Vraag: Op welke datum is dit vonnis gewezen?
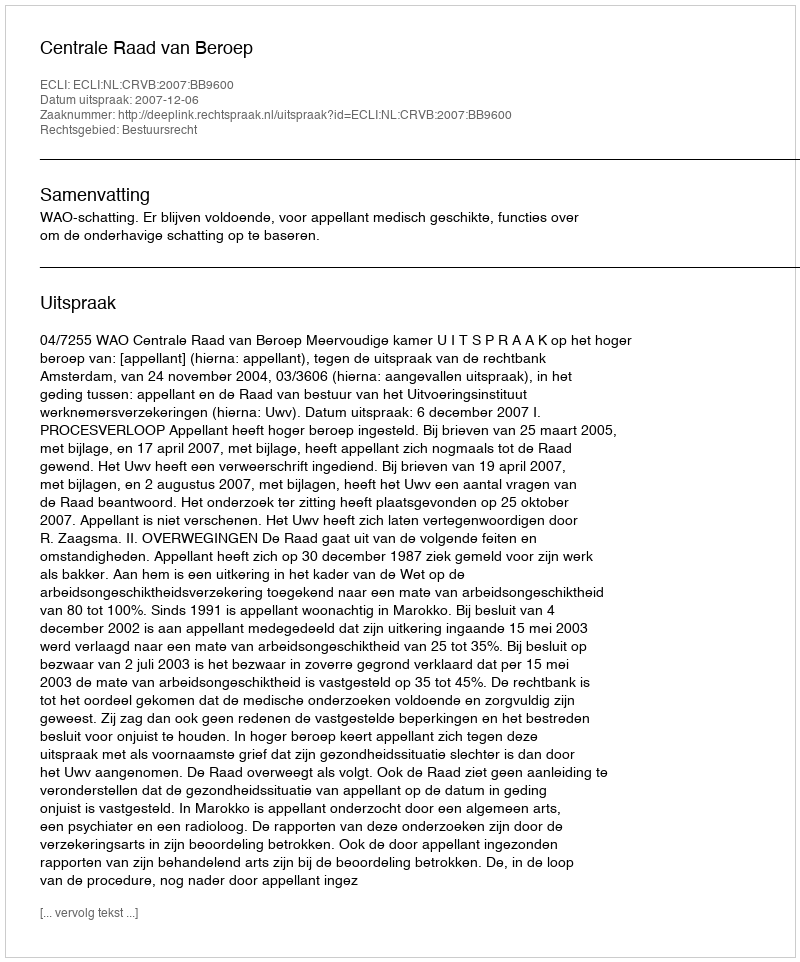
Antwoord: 2007-12-06